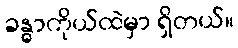
ခန္ဓာကိုယ်ထဲမှာ ရှိတယ်။